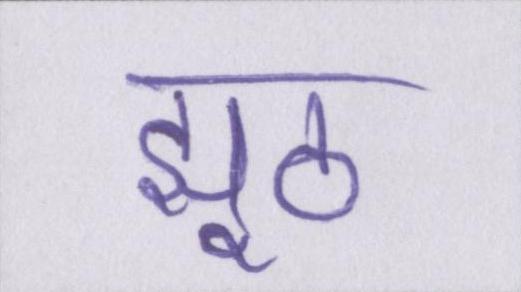
झूठ